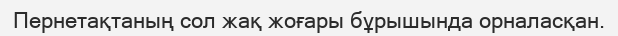
Пернетақтаның сол жақ жоғары бұрышында орналасқан.